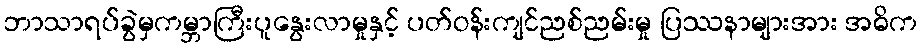
ဘာသာရပ်ခွဲမှကမ္ဘာကြီးပူနွေးလာမှုနှင့် ပတ်ဝန်းကျင်ညစ်ညမ်းမှု ပြဿနာများအား အဓိက